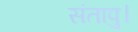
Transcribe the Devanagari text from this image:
संतापु।